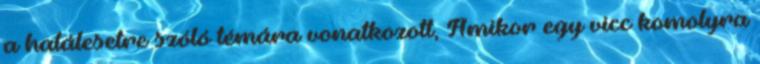
a halálesetre szóló témára vonatkozott, Amikor egy vicc komolyra